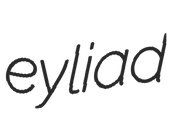
eyliad